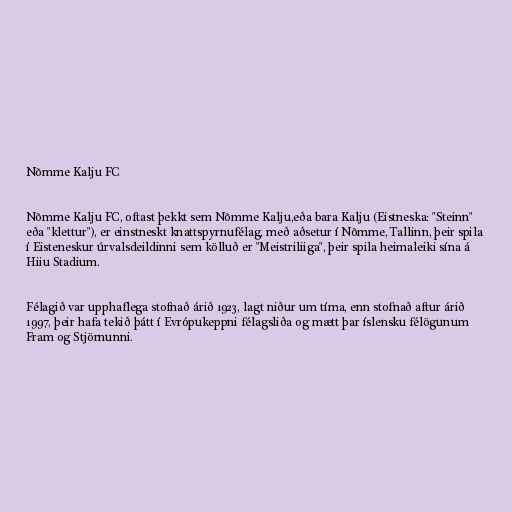
Nõmme Kalju FC

Nõmme Kalju FC, oftast þekkt sem Nõmme Kalju,eða bara Kalju (Eistneska: "Steinn"
eða "klettur"), er einstneskt knattspyrnufélag, með aðsetur í Nõmme, Tallinn, þeir spila
í Eisteneskur úrvalsdeildinni sem kölluð er "Meistriliiga", þeir spila heimaleiki sína á
Hiiu Stadium.

Félagið var upphaflega stofnað árið 1923, lagt niður um tíma, enn stofnað aftur árið
1997, þeir hafa tekið þátt í Evrópukeppni félagsliða og mætt þar íslensku félögunum
Fram og Stjörnunni.